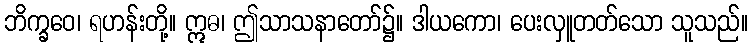
ဘိက္ခဝေ၊ ရဟန်းတို့။ ဣဓ၊ ဤသာသနာတော်၌။ ဒါယကော၊ ပေးလှူတတ်သော သူသည်။